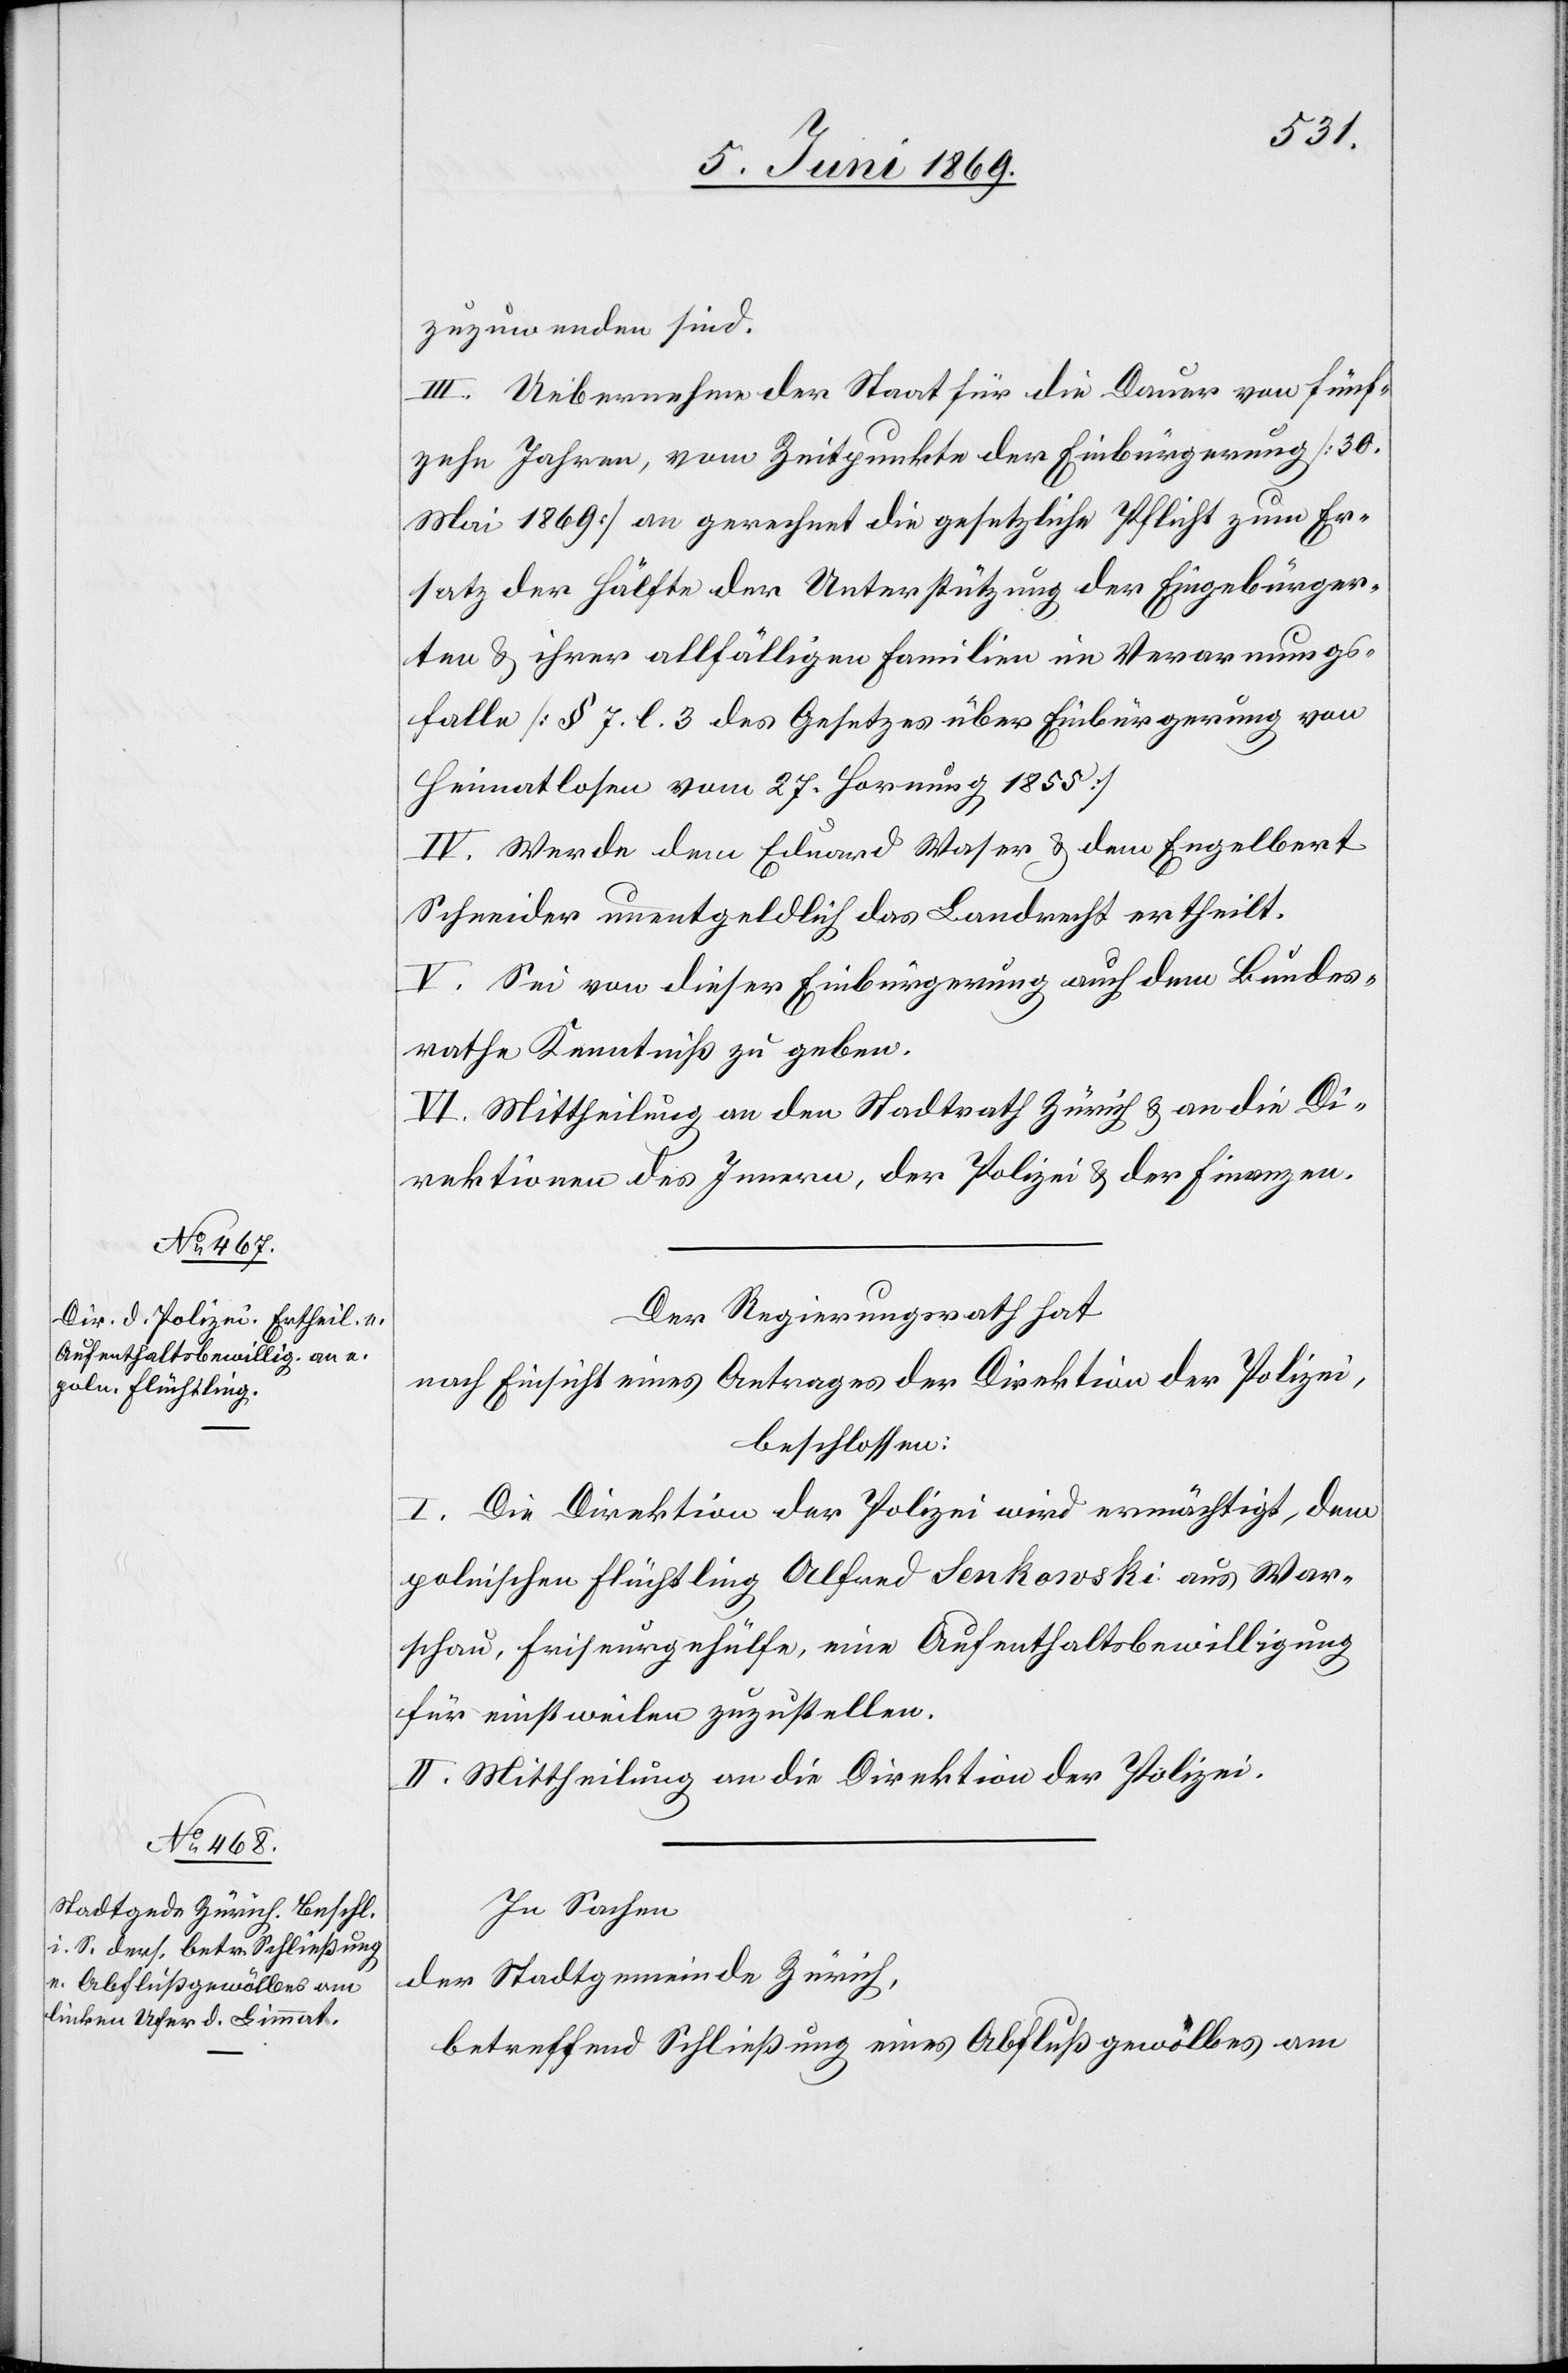
zuzuwenden sind.
III. Uebernahme der Stadt für die Dauer von fünf¬
zehn Jahren, vom Zeitpunkte der Einbürgerung [30
Mai 1869] an gerechnet die gesetzliche Pflicht zum Er¬
satz der Hälfte der Unterstützung der Eingebürger¬
ten u. ihrer allfälligen Familien im Verarmungs¬
falle [§ 7. l. 3 des Gesetzes über Einbürgerung von
Heimatlosen vom 27 Hornung 1855]
IV. Werde dem Eduard Waser u. dem Engelbert
Schneider unentgeldlich das Landrecht ertheilt.
V. Sei von dieser Einbürgerung auch dem Bundes¬
rathe Kenntniß zu geben.
VI. Mittheilung an den Stadtrath Zürich u. an die Di¬
rektion des Innern, der Polizei u. der Finanzen.
Der Regierungsrath hat
nach Einsicht eines Antrages der Direktion der Polizei,
beschlossen:
I. Die Direktion der Polizei wird ermächtigt, dem
polnischen Flüchtling Alfred Lenkowski aus War¬
schau, Friseurgehülfe, eine Aufenthaltsbewilligung
für einstweilen zuzustellen.
II. Mittheilung an die Direktion der Polizei-
In Sachen
der Stadtgemeinde Zürich,
betreffend Schließung eines Abflußgewölbes am